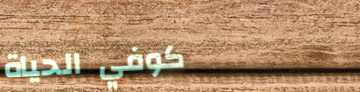
كوفي الحياة